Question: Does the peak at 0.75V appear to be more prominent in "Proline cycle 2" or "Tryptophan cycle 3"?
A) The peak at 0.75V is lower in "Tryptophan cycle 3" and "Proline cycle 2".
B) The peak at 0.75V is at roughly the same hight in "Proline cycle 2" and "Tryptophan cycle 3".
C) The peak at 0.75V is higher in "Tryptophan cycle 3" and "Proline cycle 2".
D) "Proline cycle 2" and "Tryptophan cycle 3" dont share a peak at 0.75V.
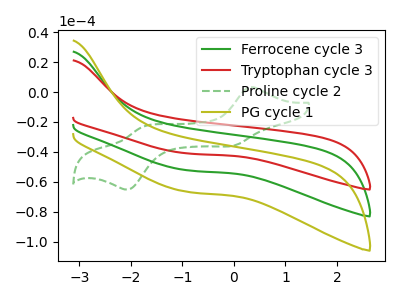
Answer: <think>The green curve "Ferrocene cycle 3" has no peaks. The red curve "Tryptophan cycle 3" has no peaks. The green dashed curve "Proline cycle 2" has anodic peaks at (0.30V, 3.20uA) (-1.75V, -23.00uA) and cathodic peaks at (0.00V, -35.85uA) (-2.05V, -64.90uA). The olive curve "PG cycle 1" has no peaks.</think>
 <answer>D) "Proline cycle 2" and "Tryptophan cycle 3" dont share a peak at 0.75V.</answer>
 <eval>D</eval>